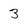
Character: 3